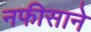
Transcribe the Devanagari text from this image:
नफीसाने